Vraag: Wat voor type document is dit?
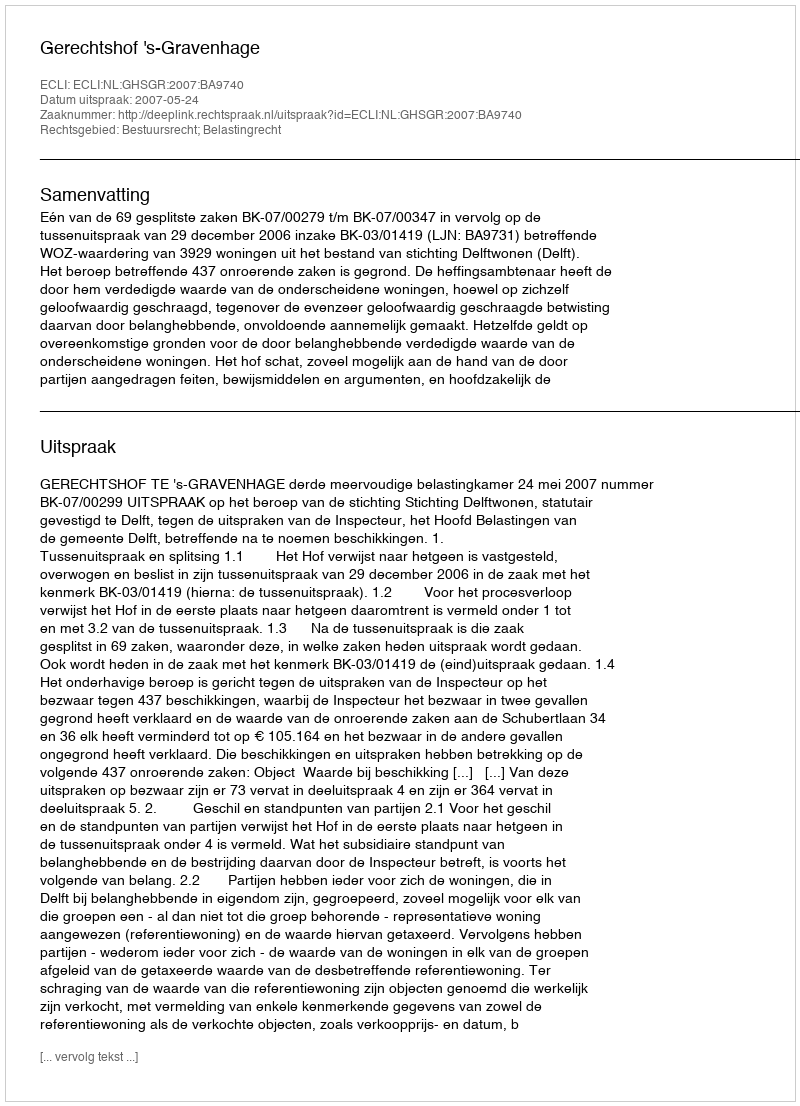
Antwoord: Uitspraak